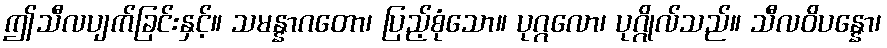
ဤသီလပျက်ခြင်းနှင့်။ သမန္နာဂတော၊ ပြည့်စုံသော။ ပုဂ္ဂလော၊ ပုဂ္ဂိုလ်သည်။ သီလဝိပန္နော၊